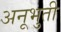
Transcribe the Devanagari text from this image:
अनूभुती